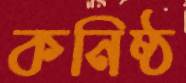
কনিষ্ঠ